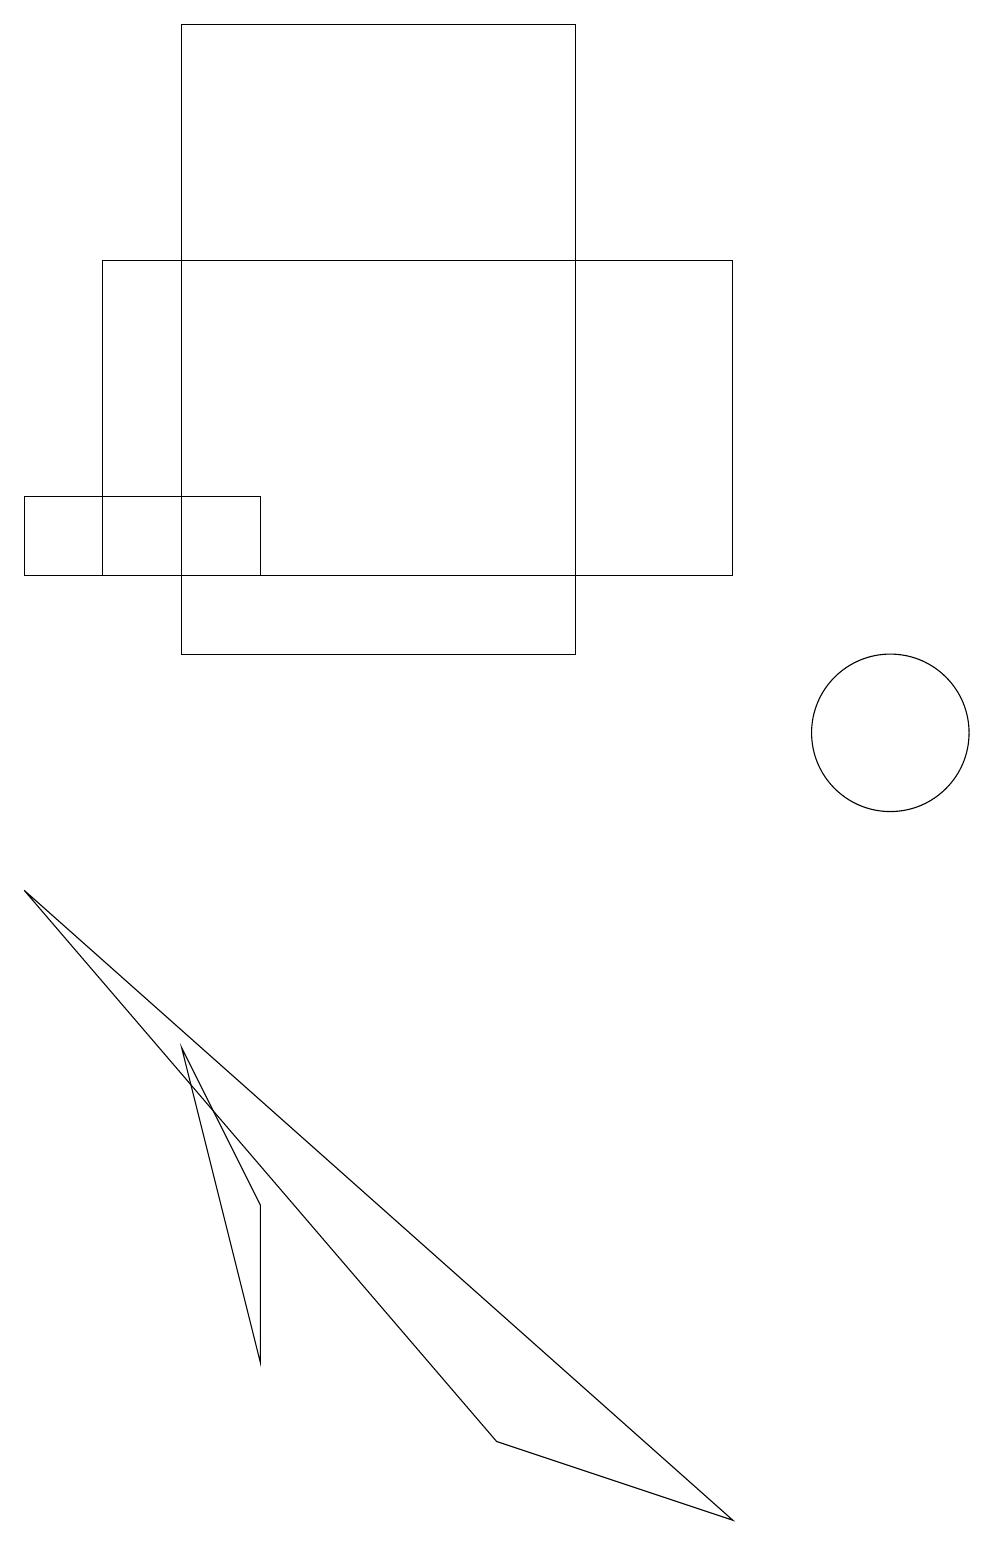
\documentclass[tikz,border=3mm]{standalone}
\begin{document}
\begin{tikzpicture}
\draw (4,19) rectangle (6,19);
\draw (2,19) rectangle (7,11);
\draw (6,1) -- (9,0) -- (0,8) -- cycle;
\draw (0,12) rectangle (3,13);
\draw (11,10) circle (1);
\draw (1,16) rectangle (9,12);
\draw (3,2) -- (3,4) -- (2,6) -- cycle;
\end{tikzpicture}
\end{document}